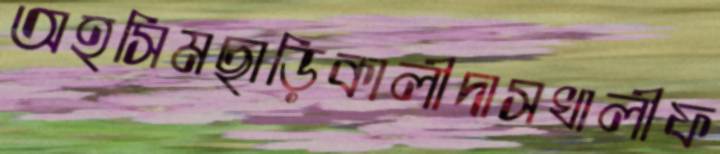
অহসিমছাড়িকালীদাসখালীফ